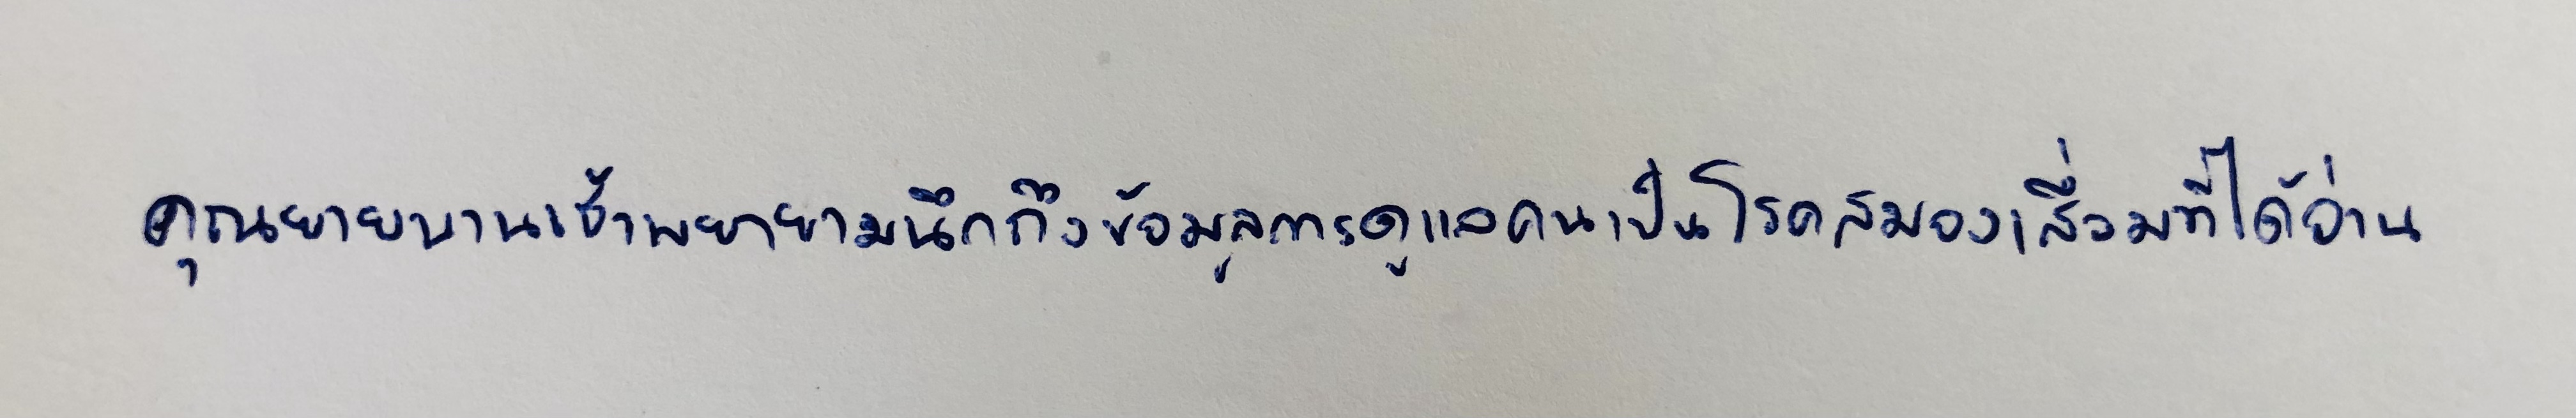
คุณยายบานเช้าพยายามนึกถึงข้อมูลการดูแลคนเป็นโรคสมองเสื่อมที่ได้อ่าน